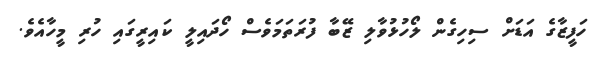
ހަފީޒާގެ އަޑަށް ސިހިގެން ލޯހުޅުވާލި ޒޭބާ ފުރަތަމަވެސް ހޯދައިލީ ކައިރީގައި ހުރި މީހާއެވެ.